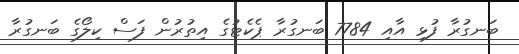
ބަނގުރާ ފުޅި އާއި 7784 ބަނގުރާ ޕެކެޓުގެ އިތުރުން ފަސް ކިލޯގެ ބަނގުރާ